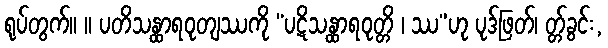
ရုပ်တွက်။ ။ ပတိသန္ထာရဝုတျဿကို “ပဋိသန္ထာရဝုတ္တိ ၊ ဿ”ဟု ပုဒ်ဖြတ်၊ တ္တ်ခွင်း,